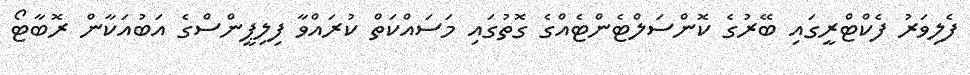
ފެލިވަރު ފެކްޓްރީގައި ބޭރުގެ ކޮންސަލްޓެންޓެއްގެ ގޮތުގައި މަސައްކަތް ކުރައްވާ ފިލިޕީންސްގެ އަބުއަކާން ރޮބާޓޯ